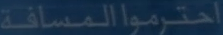
احترمواالمسافة